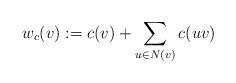
LaTeX: \begin{align*}w_c(v):=c(v)+\sum_{u\in N(v)}c(uv)\end{align*}